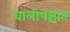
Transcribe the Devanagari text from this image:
वालीपश्चात